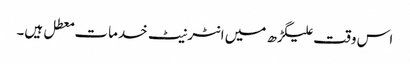
اس وقت علیگڑھ میں انٹرنیٹ خدمات معطل ہیں۔